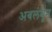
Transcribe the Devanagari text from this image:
अबलंबून